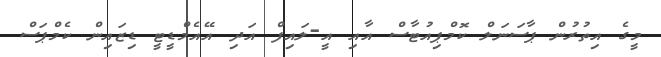
މީގެ އިތުރުން ޕާސަނަލް ކޮމްޕިއުޓާސް އާއި އީ-ލައިފް އަދި އޭއެމްޑީޓީ ޑިޒައިން ކެމްޕަސް